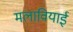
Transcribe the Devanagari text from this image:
मलावियाई